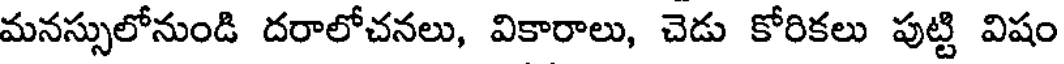
మనస్సులోనుండి దరాలోచనలు, వికారాలు, చెడు కోరికలు పుట్టి విషం